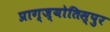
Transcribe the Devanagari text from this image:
प्राग्ज्योतिस्पुर